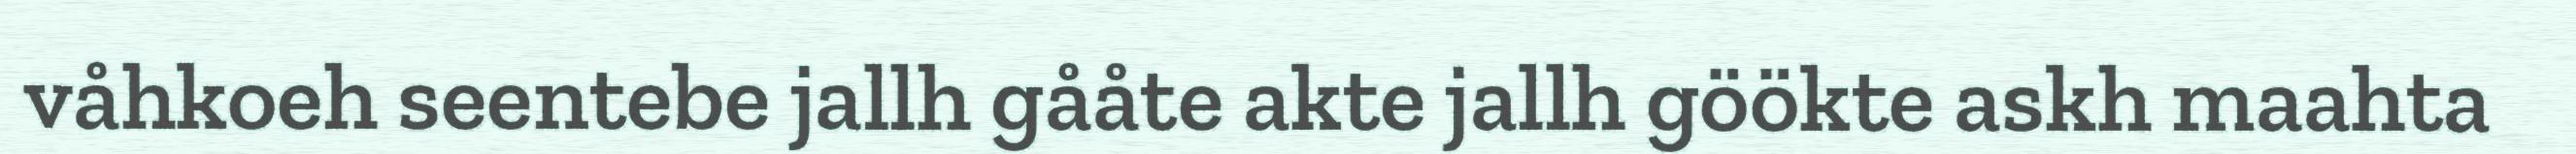
våhkoeh seentebe jallh gååte akte jallh göökte askh maahta